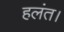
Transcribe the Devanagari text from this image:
हलंत।